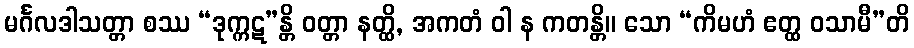
မင်္ဂလဒါသတ္တာ စဿ “ဒုက္ကဋ”န္တိ ဝတ္တာ နတ္ထိ, အကတံ ဝါ န ကတန္တိ။ သော “ကိမဟံ ဧတ္ထ ဝသာမီ”တိ